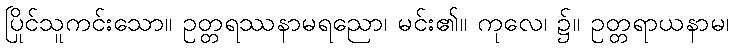
ပြိုင်သူကင်းသော။ ဥတ္တရဿနာမရညော၊ မင်း၏။ ကုလေ၊ ၌။ ဥတ္တရာယနာမ၊